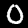
Digit: 0